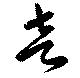
走